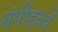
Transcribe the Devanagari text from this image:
संपीड़कों